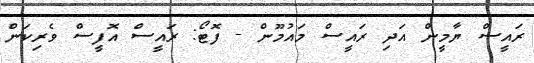
ރައީސް ޔާމީން އަދި ރައީސް މައުމޫން - ފޮޓޯ: ރައީސް އޮފީސް ވެރިކަން